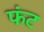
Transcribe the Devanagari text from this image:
फंट